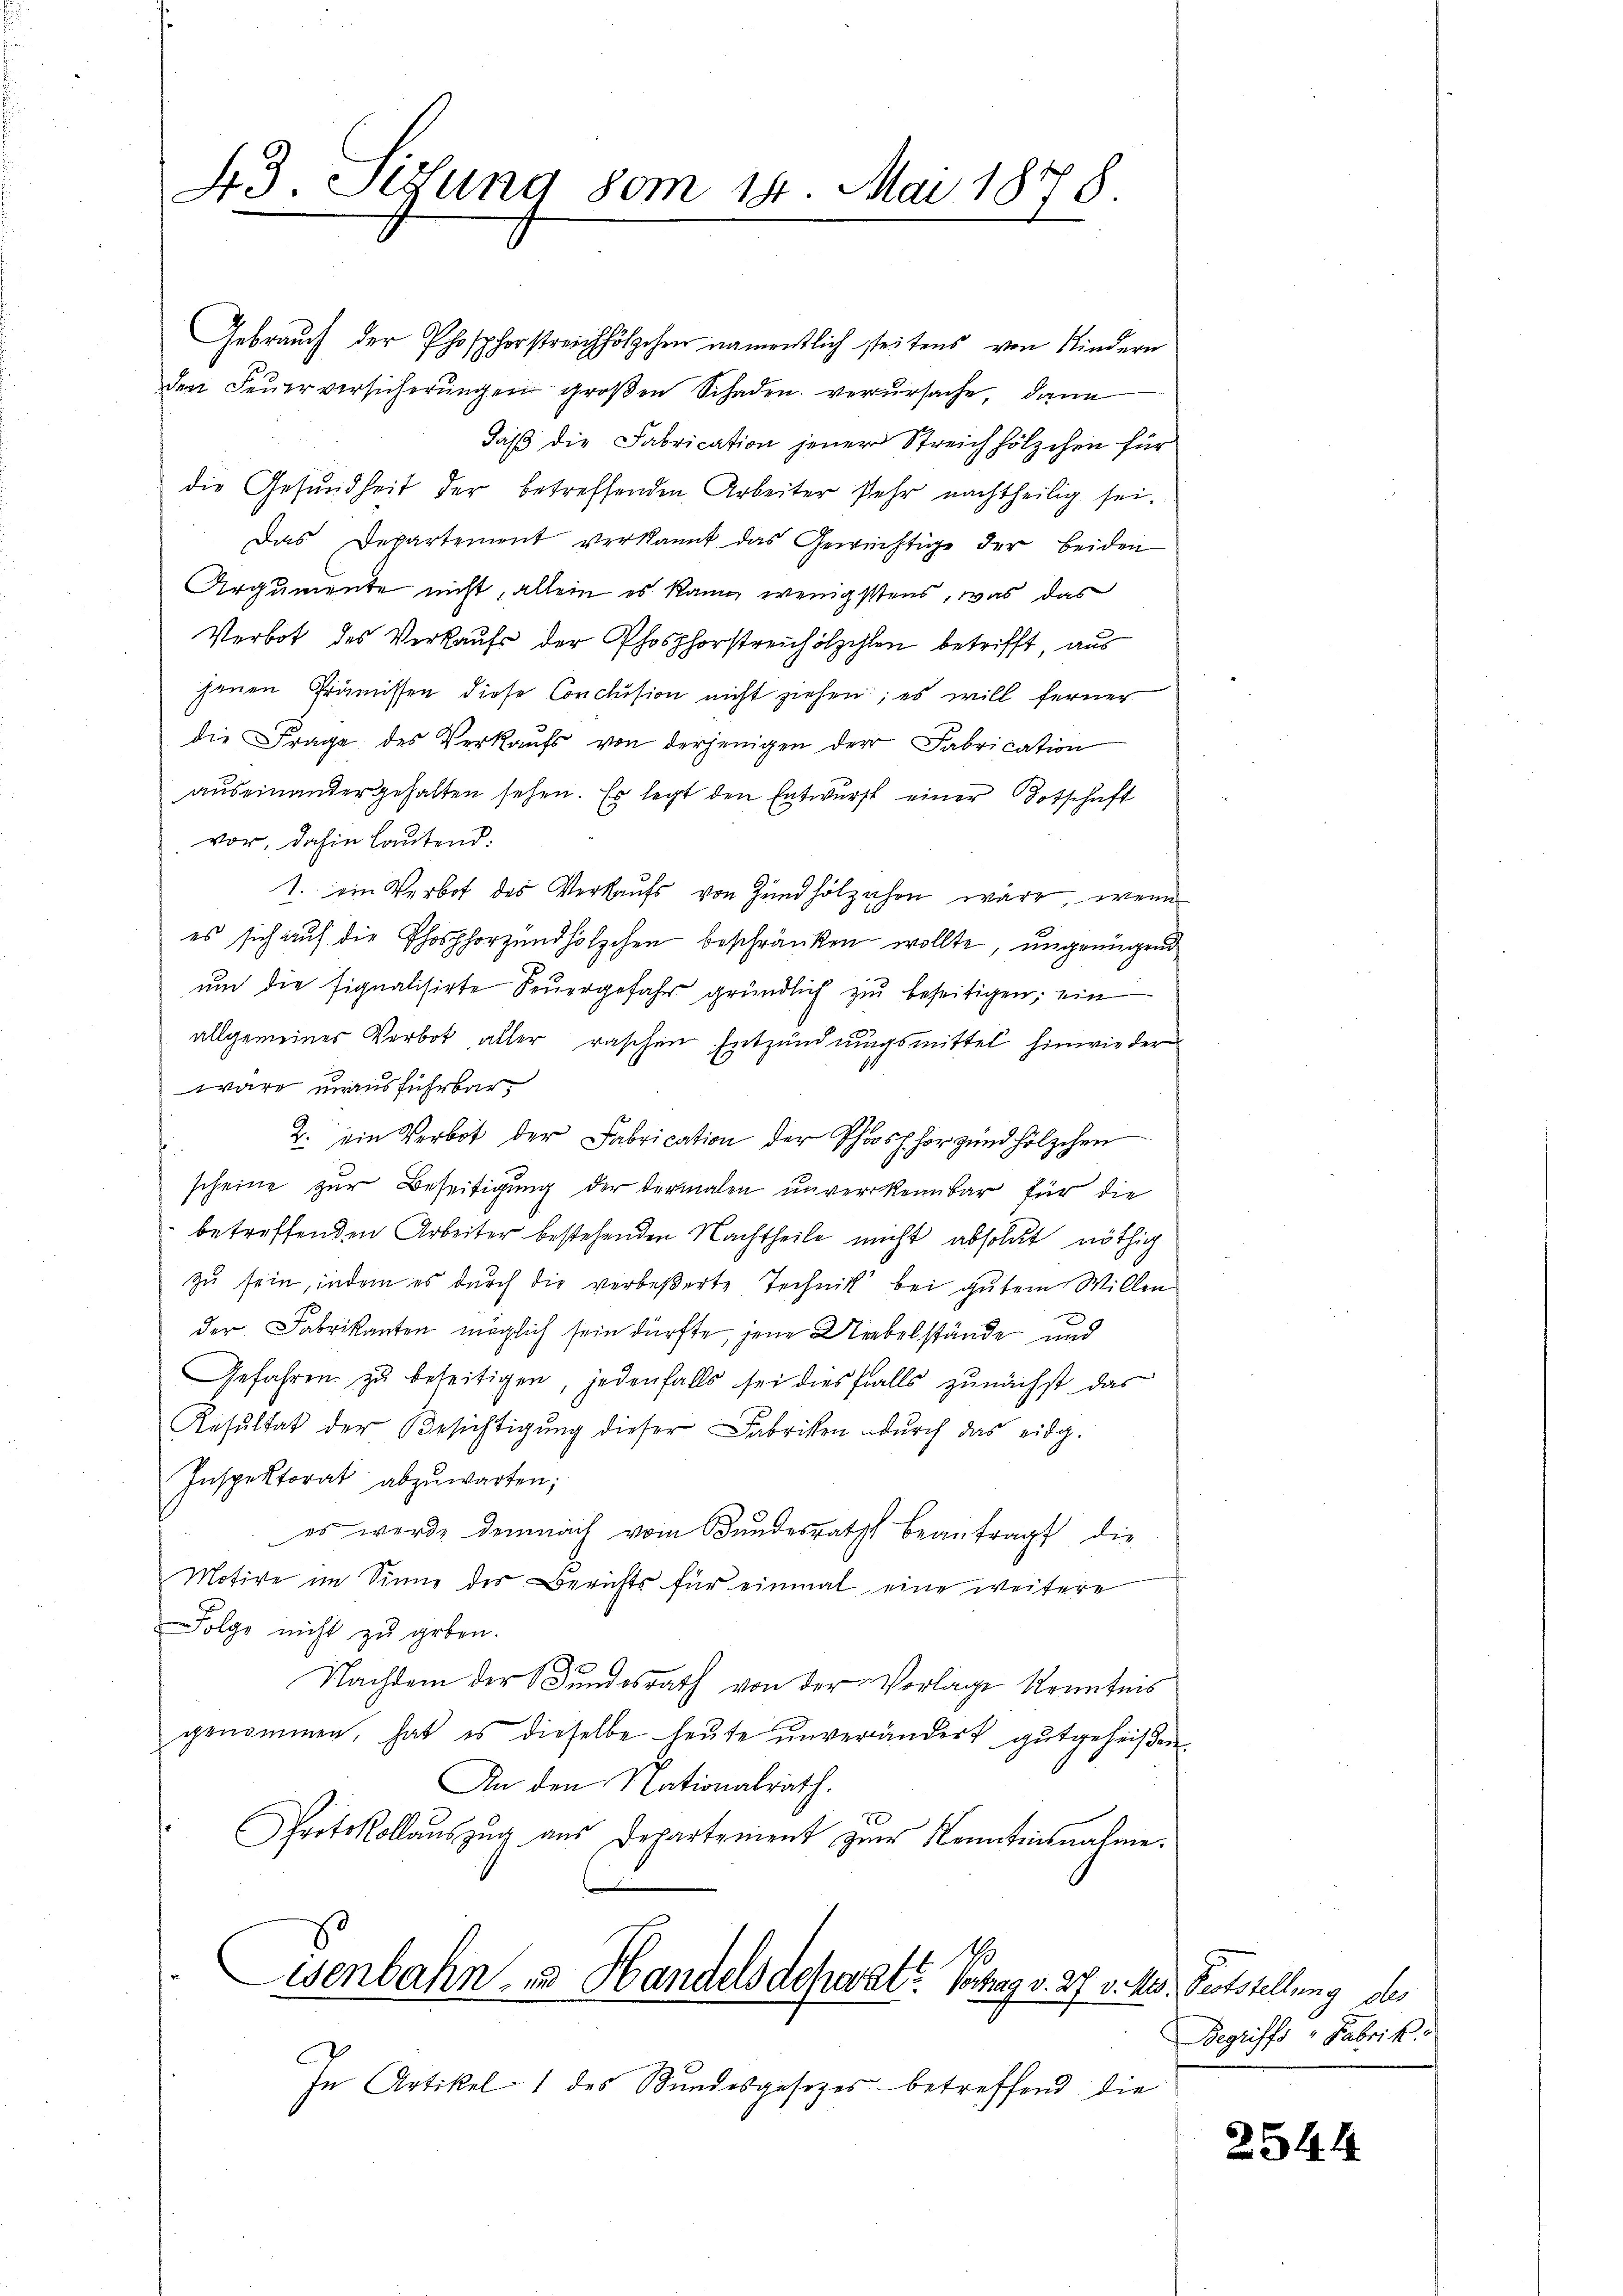
43. Sedung vom 14. Mai 1878.

Gebrauch der Phosphorstreichhölzchen namentlich steitens von Kindern
den Feŭerversicherŭngen großen Schaden verursache, dann
daß die Fabrication jener Streichhölzchen für
die Gesundheit der betreffenden Arbeiter sehr nachtheilig sei.
Das Departement verkannt das Gewächtige der beiden
Argumente nicht, allein es kann wenigstens, was das
Verbot des Verkaufs der Phosphorstreichölzchen betrifft, aus
jenen Prämissen diese Conclusion nicht ziehen; es will ferner
die Frage des Verkaufs von derjenigen der Fabrication
auseinandergehalten sehen. Es legt den Entwurf einer Totschaft
vor, dahin lautend.
1. ein Verbot des Verkaufs von Zündholzahen wäre, wenn
es sich auf die Phosphorzundholzchen beschränken wollte, ungenügend
ŭm die signalisirte Feŭergefahr gründlich zu beseitigen; ein
allgemeines Verbot, aller raschen Entzündungsmittel hinwieder
wäre unaus führbar,
2. ein Verbot der Fabrication der Phosphor und hölzchen
scheine zur Beseitigung der dermalen unverkennbar für die
betreffenden Arbeiter bestehenden Nachtheile nicht absolut nöthig
zu sein, indem es durch die verbeßerte Technik bei gutem Willen
der Fabrikanten möglich sein dürfte, jene Uebelstände und
Gefahren zu beseitigen, jedenfalls sei diesfalls zunächst das
Resultat der Besichtigung dieser Fabriken durch das eidg.
Inspektorat abzŭwarten;
es werde demnach vom Bundesrath beantragt, die
Motive im Sinne der Berichts für einmal eine weitere
Folge nicht zu geben.
Nachdem der Bundesrath von der Vorlage Kenntnis
genommen, hat es dieselbe heute unverändert gutgeheißen.
An den Nationalrath.
2
Protokollauszug aus Departement zum Kenntnisnahme.
1
d
isenbahn zu Handelsdeparatt. Vortrag v. 27. v. Ms. Feststellung des

In Artikel 1 des Bundesgesetzes betreffend die

Begriffs "Fabrik

2544